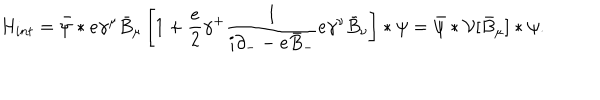
LaTeX: { H } _ { i n t } = \bar { \psi } * e \gamma ^ { \mu } \bar { B } _ { \mu } \left[ 1 + \frac { e } { 2 } \gamma ^ { + } \frac { 1 } { i \partial _ { - } - e \bar { B } _ { - } } e \gamma ^ { \nu } \bar { B } _ { \nu } \right] \ast \psi = \bar { \psi } \ast { \cal V } [ \bar { B } _ { \mu } ] \ast \psi .